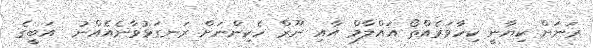
ރަނަށް ކިޔާނީ ކިހާވަރެއްތޯ އައްލާމް އާއި ނޫރް ހެކިންނަށް ރަނގަޅުވާނެއެއްނު  އަބީގެ